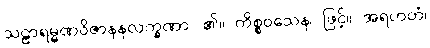
သဠာရမ္မဏဝိဇာနနလက္ခဏာ၊ ၏။ ကိစ္စဝသေန၊ ဖြင့်။ အရဟတံ၊